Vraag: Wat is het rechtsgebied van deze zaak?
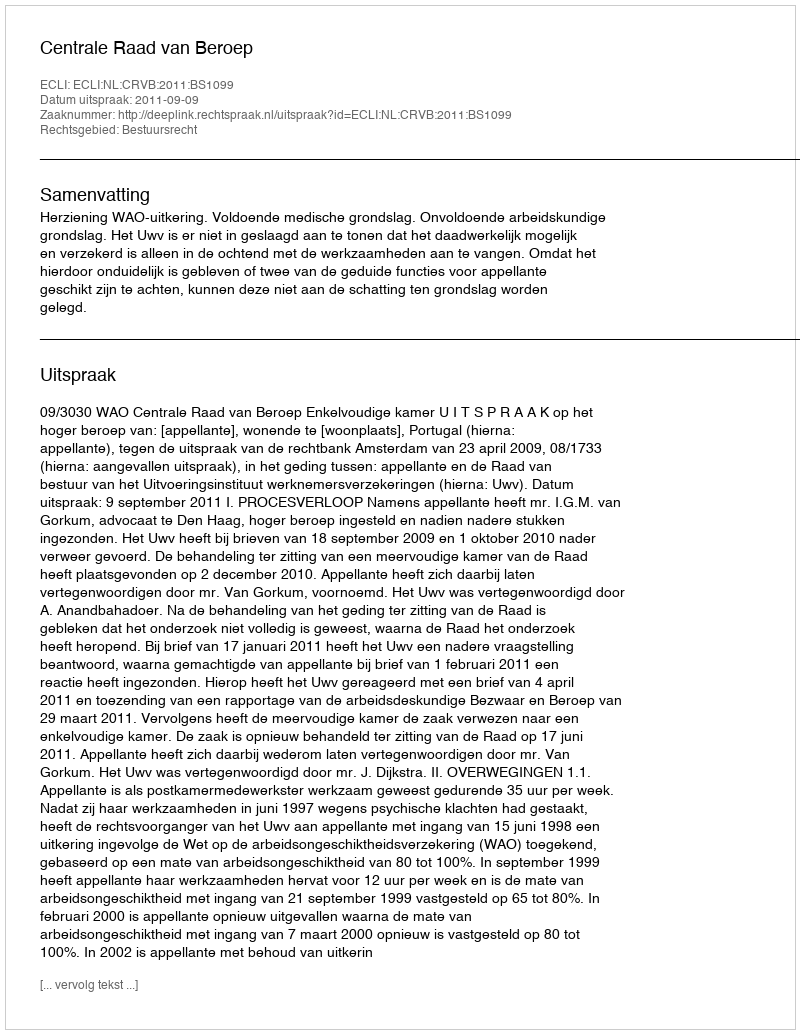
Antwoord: Bestuursrecht